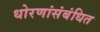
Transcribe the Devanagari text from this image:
धोरणांसंबंधित